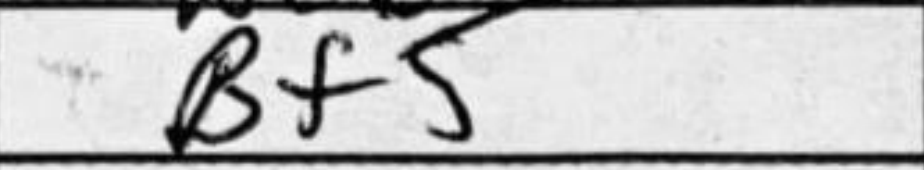
Transcription: Bf5